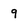
Character: 9